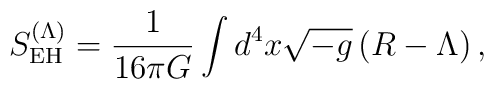
S_{\rm EH}^{(\Lambda)} = \frac{1}{16\pi G} \int d^{4}x \sqrt{-g}\left(R-\Lambda\right),